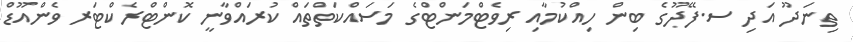
ތިނަދޫ އަދި ސ.ފޭދޫގެ ބިން ހިއްކުމާއި ރިވެޓްމަންޓްގެ މަސައްކަތްތައް ކުރައްވާނީ ކޮންޓްރެކްޓަރ ވެންއޫޑް